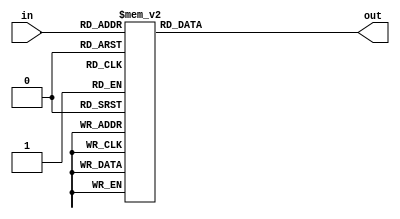
`timescale 1ns / 1ps
//////////////////////////////////////////////////////////////////////////////////
// Company: USTC
// Engineer: 
// 
// Design Name: 
// Module Name: decoder_4_7
// Project Name: 
// Target Devices: Nexy4-DDR
// Tool Versions: 
// Description: 7
// 
// Dependencies: 
// 
// Revision:
// Revision 0.01 - File Created
// Additional Comments:
// 
//////////////////////////////////////////////////////////////////////////////////


module decoder_4_7(input [3:0] in ,
output reg [6:0] out);
always @(*) begin
case (in)
4'h0:out = 7'b0000001;
4'h1:out = 7'b1001111;
4'h2:out = 7'b0010010;
4'h3:out = 7'b0000110;
4'h4:out = 7'b1001100;
4'h5:out = 7'b0100100;
4'h6:out = 7'b0100000;
4'h7:out = 7'b0001111;
4'h8:out = 7'b0000000;
4'h9:out = 7'b0000100;
4'ha:out = 7'b0001000;
4'hb:out = 7'b1100000;
4'hc:out = 7'b0110001;
4'hd:out = 7'b1000010;
4'he:out = 7'b0110000;
4'hf :out = 7'b0111000;
default :out = 7'b1111111;
endcase
end
endmodule